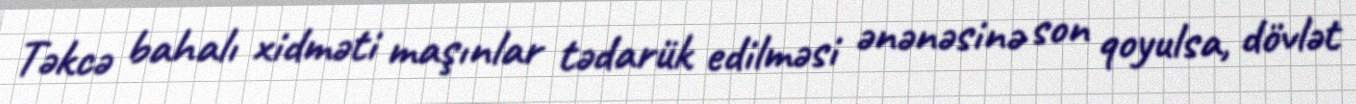
Təkcə bahalı xidməti maşınlar tədarük edilməsi ənənəsinə son qoyulsa, dövlət